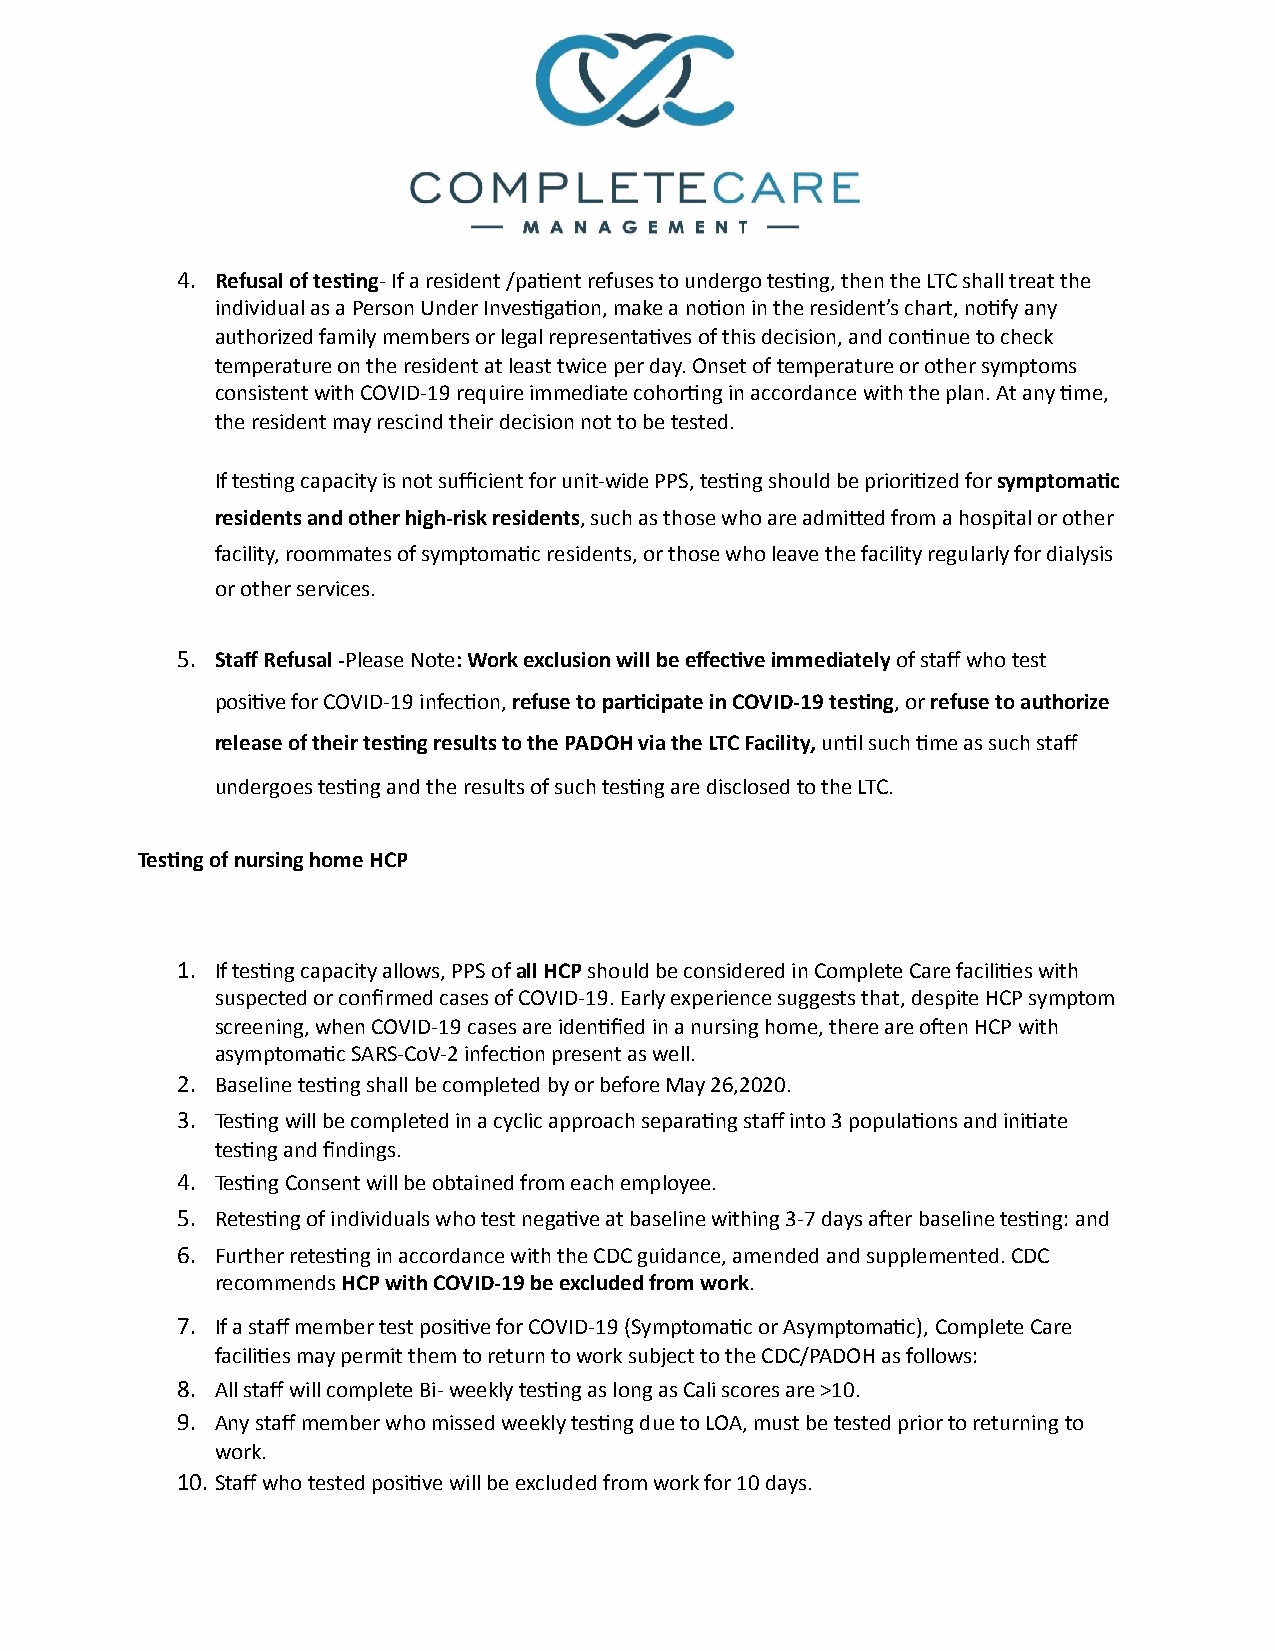
4. Refusal of tes8ng- If a resident /pa1ent refuses to undergo tes1ng, then the LTC shall treat the
 individual as a Person Under Inves1ga1on, make a no1on in the resident’s chart, no1fy any
 authorized family members or legal representa1ves of this decision, and con1nue to check
 temperature on the resident at least twice per day. Onset of temperature or other symptoms
 consistent with COVID-19 require immediate cohor1ng in accordance with the plan. At any 1me,
 the resident may rescind their decision not to be tested.
 If tes1ng capacity is not sufficient for unit-wide PPS, tes1ng should be priori1zed for symptoma8c
 residents and other high-risk residents, such as those who are admibed from a hospital or other
 facility, roommates of symptoma1c residents, or those who leave the facility regularly for dialysis
 or other services.
 5. Staff Refusal -Please Note: Work exclusion will be effec8ve immediately of staff who test
 posi1ve for COVID-19 infec1on, refuse to par8cipate in COVID-19 tes8ng, or refuse to authorize
 release of their tes8ng results to the PADOH via the LTC Facility, un1l such 1me as such staff
 undergoes tes1ng and the results of such tes1ng are disclosed to the LTC.
 Tes8ng of nursing home HCP
 1. If tes1ng capacity allows, PPS of all HCP should be considered in Complete Care facili1es with
 suspected or confirmed cases of COVID-19. Early experience suggests that, despite HCP symptom
 screening, when COVID-19 cases are iden1fied in a nursing home, there are onen HCP with
 asymptoma1c SARS-CoV-2 infec1on present as well.
 2. Baseline tes1ng shall be completed by or before May 26,2020.
 3. Tes1ng will be completed in a cyclic approach separa1ng staff into 3 popula1ons and ini1ate
 tes1ng and findings.
 4. Tes1ng Consent will be obtained from each employee.
 5. Retes1ng of individuals who test nega1ve at baseline withing 3-7 days aner baseline tes1ng: and
 6. Further retes1ng in accordance with the CDC guidance, amended and supplemented. CDC
 recommends HCP with COVID-19 be excluded from work.
 7. If a staff member test posi1ve for COVID-19 (Symptoma1c or Asymptoma1c), Complete Care
 facili1es may permit them to return to work subject to the CDC/PADOH as follows:
 8. All staff will complete Bi- weekly tes1ng as long as Cali scores are >10.
 9. Any staff member who missed weekly tes1ng due to LOA, must be tested prior to returning to
 work.
 10.Staff who tested posi1ve will be excluded from work for 10 days.